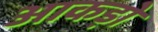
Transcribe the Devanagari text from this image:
आकड़ो